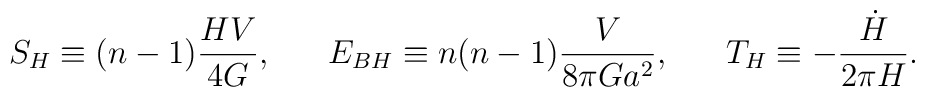
S_H\equiv (n-1){{HV}\over{4G}},\ \ \ \ \ E_{BH}\equiv n(n-1){V\over{8\pi Ga^2}},\ \ \ \ \ T_H\equiv -{\dot{H}\over{2\pi H}}.